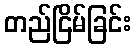
တည်ငြိမ်ခြင်း